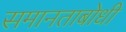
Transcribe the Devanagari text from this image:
समानताबोधी